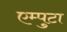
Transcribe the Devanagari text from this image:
एम्पुटा